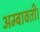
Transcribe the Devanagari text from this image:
अम्बावती।